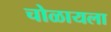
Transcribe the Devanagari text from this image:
चोळायला